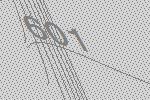
601